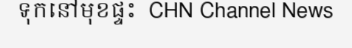
ទុកនៅមុខផ្ទះ  CHN Channel News